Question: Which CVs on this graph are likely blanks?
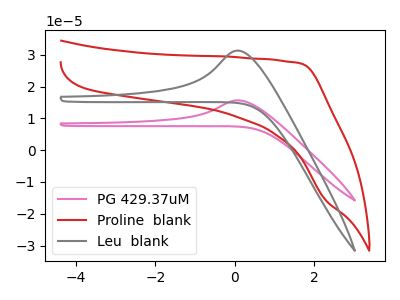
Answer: <think>The pink curve "PG 429.37uM" has an anodic peak at: (0.10V, 15.65uA). The red curve "Proline  blank" has no peaks. The gray curve "Leu  blank" has an anodic peak at: (0.10V, 31.30uA).</think>
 <answer>"Proline  blank" is likely to be a blank.</answer>
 <eval>Proline  blank</eval>